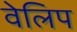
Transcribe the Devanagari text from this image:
वेलिप